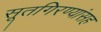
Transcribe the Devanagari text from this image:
सूतगिरण्यांसह